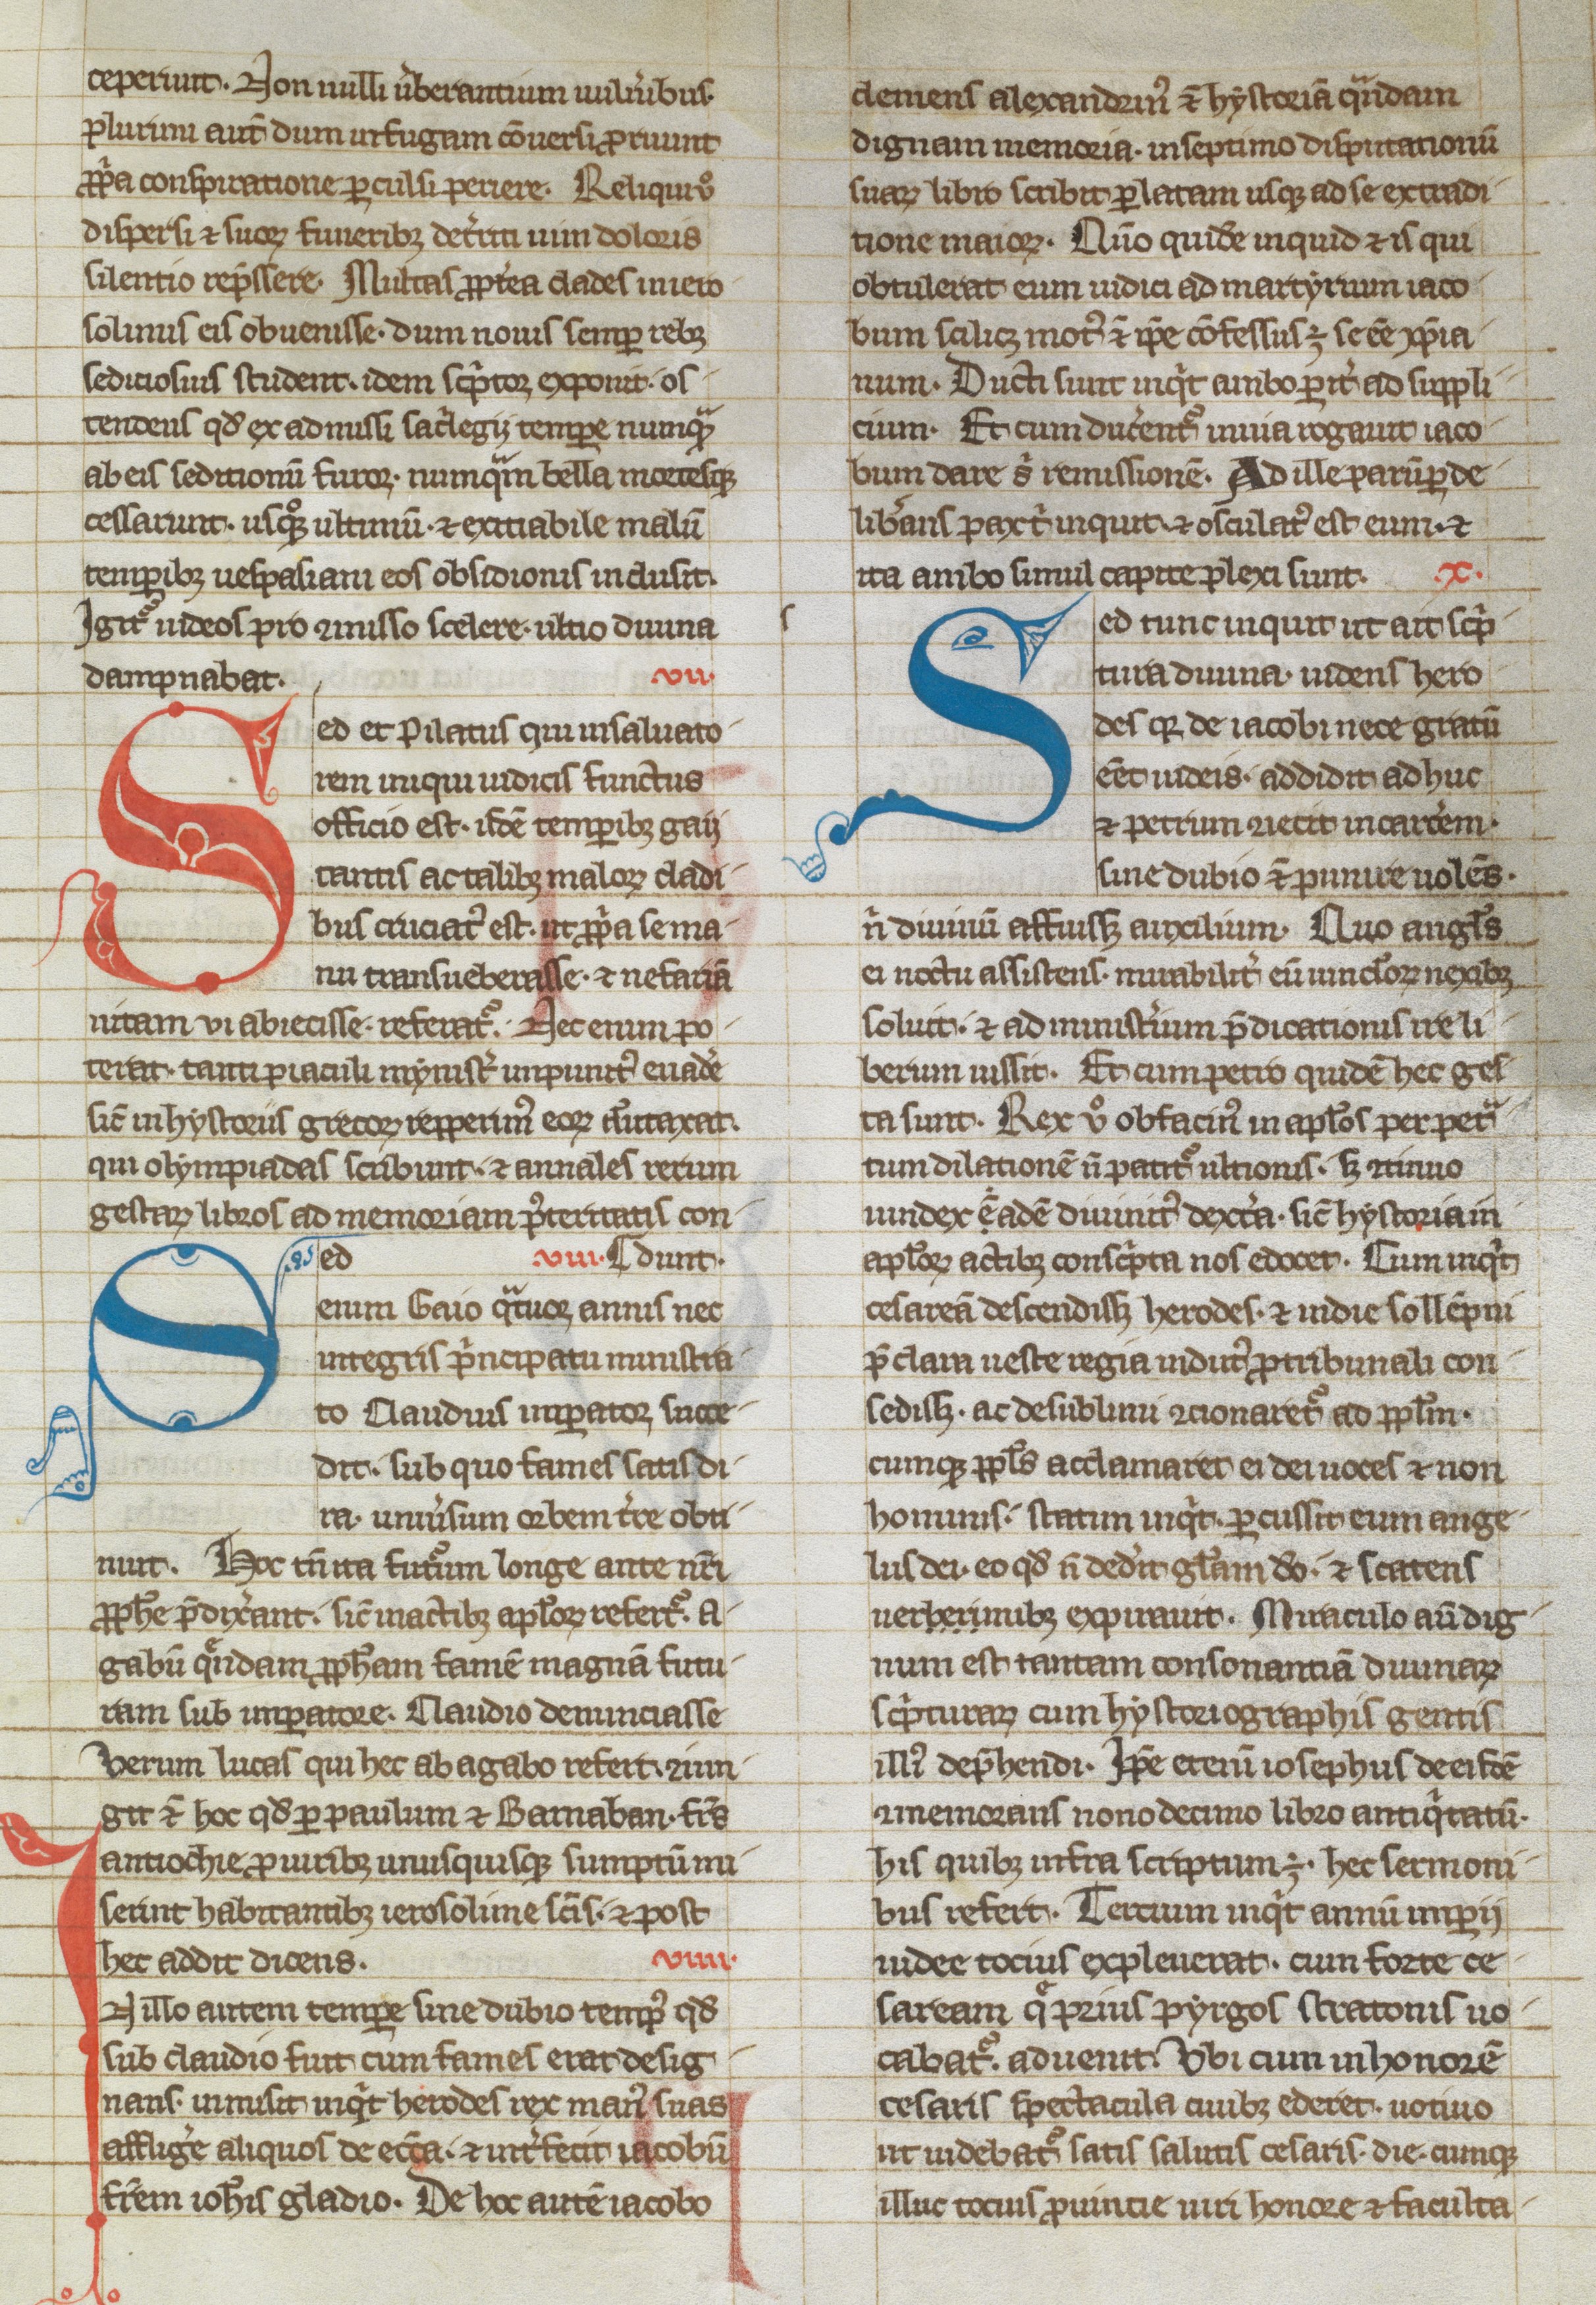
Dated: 1250–1299